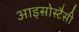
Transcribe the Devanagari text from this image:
आइसोस्टैसी